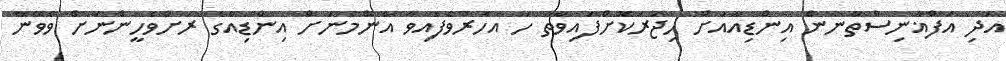
އަދި އަފްޣާނިސްތާނުން އިންޑިއާއަށް ހިޖުރަކޮށްފައިވާތާ ހަ އަހަރުވެފައިވާ އެންމެނަށް އިންޑިއާގެ ރަށްވެހީންނަށް ވެވޭނޭ